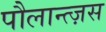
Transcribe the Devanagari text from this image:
पौलान्त्ज़स